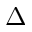
\Delta